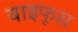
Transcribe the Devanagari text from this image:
वाइफूस